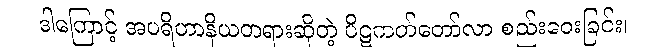
ဒါကြောင့် အပရိဟာနိယတရားဆိုတဲ့ ပိဋကတ်တော်လာ စည်းဝေးခြင်း၊